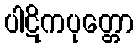
ပါဋိကပုတ္တော